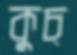
কুচ্‌